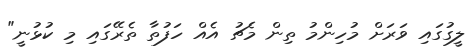
ލީގުގައި ވަރަށް މުހިންމު ތިން މެޗު އެއް ހަފުތާ ތެރޭގައި މި ކުޅުނީ"